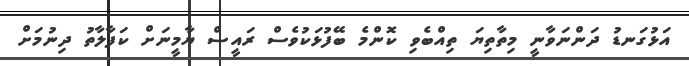
އަޅުގަނޑު ދަންނަވާނީ މިތާތިޔަ ތިއްބެވި ކޮންމެ ބޭފުޅަކުވެސް ރައީސް ޔާމީނަށް ކަފާލާތު ދިނުމަށް